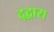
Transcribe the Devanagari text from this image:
द्द्वारा